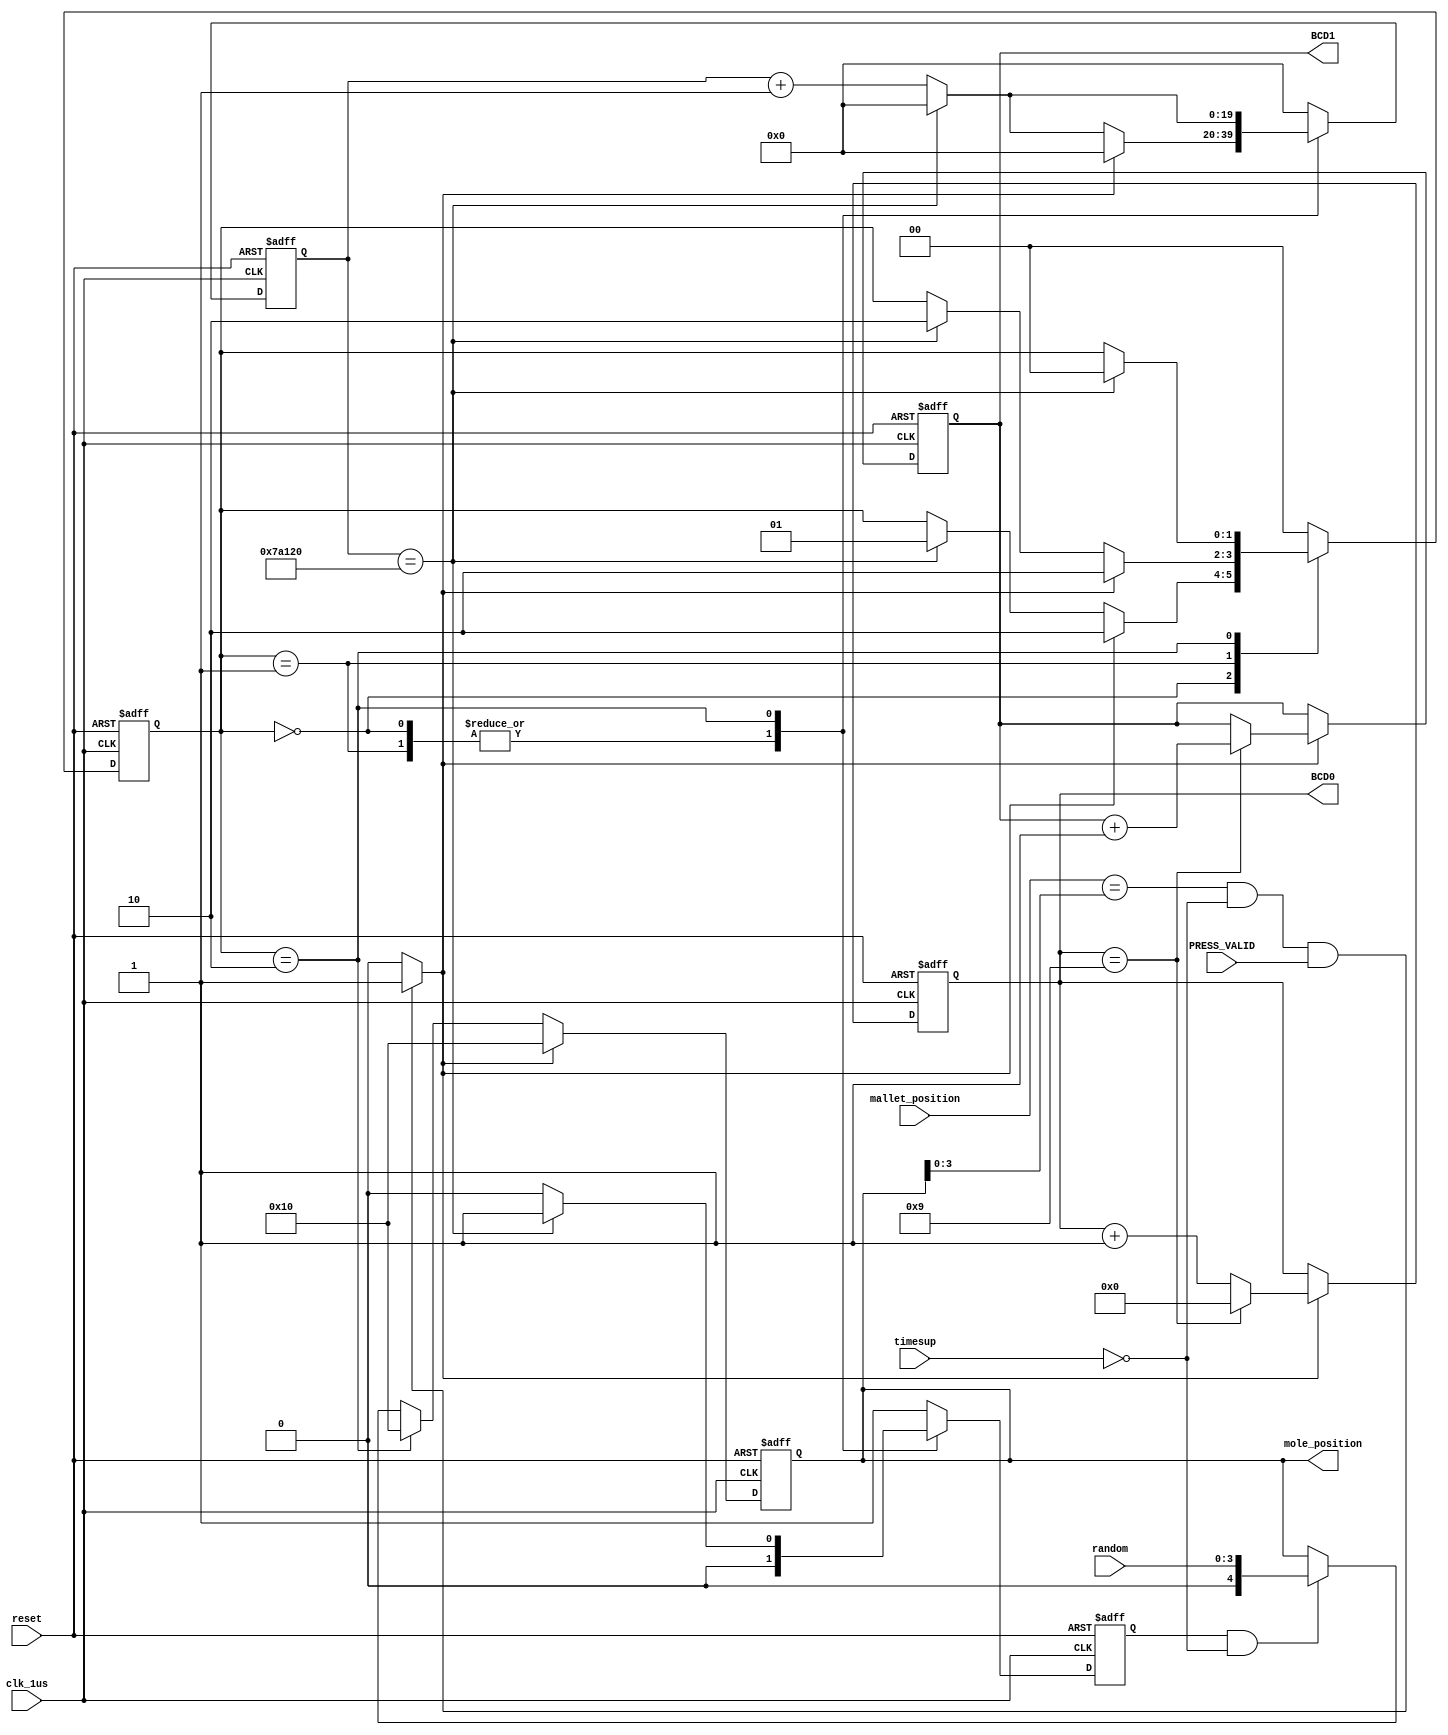
module WhacAMole(BCD1, BCD0, mole_position, random, mallet_position, timesup, PRESS_VALID, reset, clk_1us);

	input PRESS_VALID, reset, clk_1us;
	input [3:0] random;
	input [3:0] mallet_position;
	input timesup;

	output [3:0] BCD1, BCD0;
	output [4:0] mole_position;
	
	reg [4:0] mole_position;
	wire [4:0] next_mole;
	reg [3:0] BCD0, BCD1;
	wire [3:0] next_BCD0, next_BCD1;
	reg[19:0] counter500000, next_counter500000;	//500000 * 1us = 0.5s
	reg [1:0] state, next_state;
	reg generatenewmole, next_generatenewmole;
	wire hit;
	parameter status0 = 2'h0;
	parameter status1 = 2'h1;
	parameter status2 = 2'h2;
	
	
	always @(posedge clk_1us or negedge reset)begin
		if(!reset)begin
			mole_position <= 5'd0;
			state <= 2'd0;
			BCD0 <= 4'd0;
			BCD1 <= 4'd0;
			counter500000 <= 20'd0;
			generatenewmole <= 0;
		end else begin
			mole_position <= next_mole;
			state <= next_state;
			BCD0 <= next_BCD0;
			BCD1 <= next_BCD1;
			counter500000 <= next_counter500000;
			generatenewmole <= next_generatenewmole;
		end
	end
	 
	 
	
	always @(*)	begin
		case (state)
		
			status0: begin
				if(hit) begin
					next_state = status2;
					next_counter500000 = 20'd0;
				end else if(counter500000==20'd500000) begin
					next_state = status1;
					next_counter500000 = 20'd0;
				end else begin
					next_state = state;
					next_counter500000 = counter500000 + 20'd1;
				end
				next_generatenewmole = 0;
			end
			
			status1: begin
				if(hit) begin
					next_state = status2;
					next_counter500000 = 20'd0;
				end else if(counter500000==20'd500000) begin
					next_state = status2;
					next_counter500000 = 20'd0;
				end else begin
					next_state = state;
					next_counter500000 = counter500000 + 20'd1;
				end
				next_generatenewmole = 0;
			end
			
			// disappear and generate next new mole (hit or 1s after appear)
			status2: begin
				if(counter500000==20'd500000) begin
					next_state = status0;
					next_counter500000 = 20'd0;
					next_generatenewmole = 1;
				end else begin
					next_state = state;
					next_counter500000 = counter500000 + 20'd1;
					next_generatenewmole = 0;
				end
			end
			
			default: begin
				next_state = 2'd0;
				next_counter500000 = 20'd0;
				next_generatenewmole = 1;
			end
			
		endcase
	end
	
	// judge the hit and update the scores
	assign next_BCD0 = (hit==4'd1) ? ( (BCD0==4'd9) ? 4'd0 : (BCD0+4'd1) ) : BCD0;
	assign next_BCD1 = (hit==4'd1) ? ( (BCD0==4'd9) ? (BCD1+4'd1) : BCD1 ) : BCD1;
	assign hit = ((mallet_position == mole_position[3:0])&&(!timesup)&&(PRESS_VALID)) ? 1'd1 : 1'd0;
	
	//one bit for "no mole to show" ( 5'b10000 = 16'd0 = none -> refer MoleDecoder.v )
	assign next_mole = (hit) ? 5'b10000 : ((state==status2) ? 5'b10000 : ((generatenewmole && !timesup) ? random : mole_position));	
	 
	
	
endmodule